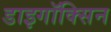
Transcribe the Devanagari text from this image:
डाइगॉक्सिन